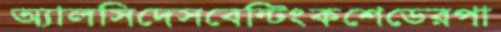
অ্যালসিদেসবেন্টিংকশেডেরপা